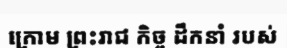
ក្រោម ព្រះរាជ កិច្ច ដឹកនាំ របស់